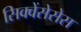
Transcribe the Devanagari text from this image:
सिक्वेंसेसेस